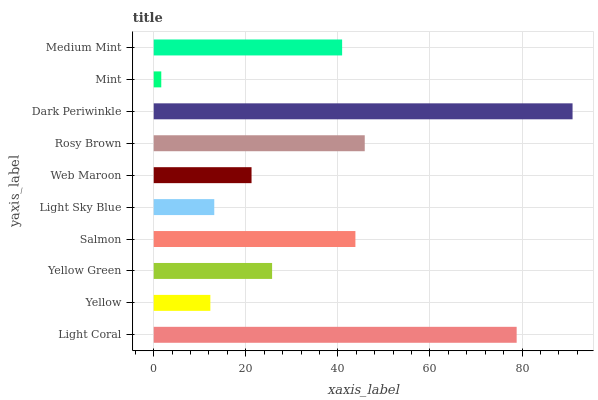
| yaxis_label | bars |
 | --- | --- |
 | Light Coral | 78.8 |
 | Yellow | 12.3 |
 | Yellow Green | 25.7 |
 | Salmon | 43.8 |
 | Light Sky Blue | 13.2 |
 | Web Maroon | 21.2 |
 | Rosy Brown | 45.8 |
 | Dark Periwinkle | 91 |
 | Mint | 1.64 |
 | Medium Mint | 40.9 |